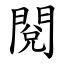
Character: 閱